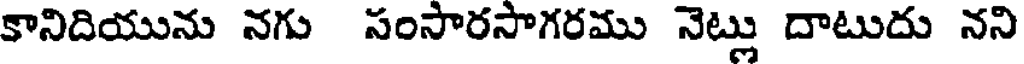
కానిదియును నగు సంసారసాగరము నెట్లు దాటుదు నని